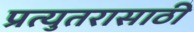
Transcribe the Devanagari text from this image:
प्रत्युतरासाठी